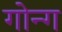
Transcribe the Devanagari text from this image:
गोन्ग